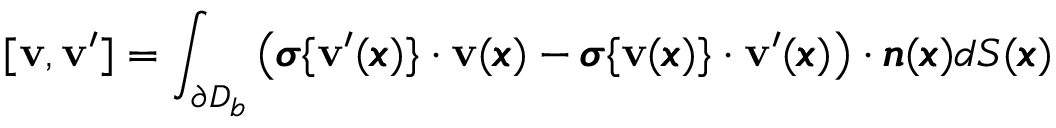
[ { \bf v } , { \bf v } ^ { \prime } ] = \int _ { \partial D _ { b } } \left( { \pmb \sigma } \{ { \bf v } ^ { \prime } ( { \pmb x } ) \} \cdot { \bf v } ( { \pmb x } ) - { \pmb \sigma } \{ { \bf v } ( { \pmb x } ) \} \cdot { \bf v } ^ { \prime } ( { \pmb x } ) \right) \cdot { \pmb n } ( { \pmb x } ) d S ( { \pmb x } )